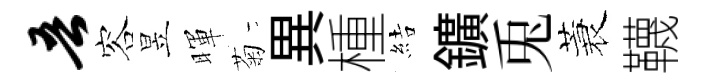
吾容昱暉菊異㮔結鑛兎蓑韈